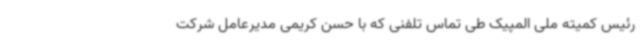
رئیس کمیته ملی المپیک طی تماس تلفنی که با حسن کریمی مدیرعامل شرکت